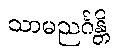
သာမညင်္ဂန္တိ